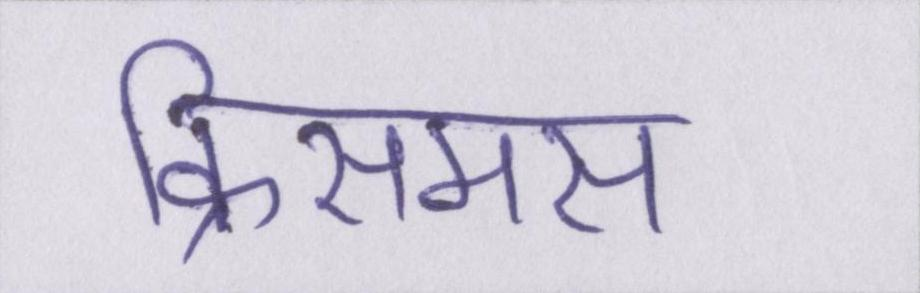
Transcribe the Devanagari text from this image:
क्रिसमस